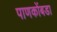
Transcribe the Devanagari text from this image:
पाणकोंबडा